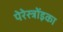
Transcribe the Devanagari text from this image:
पेरेस्त्रोंइका